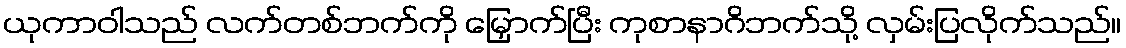
ယုကာဝါသည် လက်တစ်ဘက်ကို မြှောက်ပြီး ကုစာနာဂိဘက်သို့ လှမ်းပြလိုက်သည်။